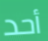
أحد